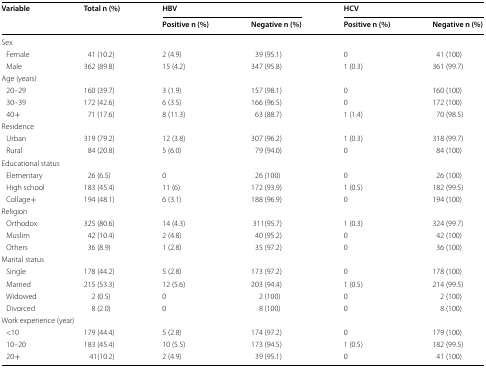
<table><thead><tr><td rowspan="2"><b>Variable</b></td><td rowspan="2"><b>Total n (%)</b></td><td colspan="2"><b>HBV</b></td><td colspan="2"><b>HCV</b></td></tr><tr><td><b>Positive n (%)</b></td><td><b>Negative n (%)</b></td><td><b>Positive n (%)</b></td><td><b>Negative n (%)</b></td></tr></thead><tbody><tr><td colspan="6">Sex</td></tr><tr><td> Female</td><td>41 (10.2)</td><td>2 (4.9)</td><td>39 (95.1)</td><td>0</td><td>41 (100)</td></tr><tr><td> Male</td><td>362 (89.8)</td><td>15 (4.2)</td><td>347 (95.8)</td><td>1 (0.3)</td><td>361 (99.7)</td></tr><tr><td colspan="6">Age (years)</td></tr><tr><td> 20–29</td><td>160 (39.7)</td><td>3 (1.9)</td><td>157 (98.1)</td><td>0</td><td>160 (100)</td></tr><tr><td> 30–39</td><td>172 (42.6)</td><td>6 (3.5)</td><td>166 (96.5)</td><td>0</td><td>172 (100)</td></tr><tr><td> 40+</td><td>71 (17.6)</td><td>8 (11.3)</td><td>63 (88.7)</td><td>1 (1.4)</td><td>70 (98.5)</td></tr><tr><td colspan="6">Residence</td></tr><tr><td> Urban</td><td>319 (79.2)</td><td>12 (3.8)</td><td>307 (96.2)</td><td>1 (0.3)</td><td>318 (99.7)</td></tr><tr><td> Rural</td><td>84 (20.8)</td><td>5 (6.0)</td><td>79 (94.0)</td><td>0</td><td>84 (100)</td></tr><tr><td colspan="6">Educational status</td></tr><tr><td> Elementary</td><td>26 (6.5)</td><td>0</td><td>26 (100)</td><td>0</td><td>26 (100)</td></tr><tr><td> High school</td><td>183 (45.4)</td><td>11 (6)</td><td>172 (93.9)</td><td>1 (0.5)</td><td>182 (99.5)</td></tr><tr><td> Collage+</td><td>194 (48.1)</td><td>6 (3.1)</td><td>188 (96.9)</td><td>0</td><td>194 (100)</td></tr><tr><td colspan="6">Religion</td></tr><tr><td> Orthodox</td><td>325 (80.6)</td><td>14 (4.3)</td><td>311(95.7)</td><td>1 (0.3)</td><td>324 (99.7)</td></tr><tr><td> Muslim</td><td>42 (10.4)</td><td>2 (4.8)</td><td>40 (95.2)</td><td>0</td><td>42 (100)</td></tr><tr><td> Others</td><td>36 (8.9)</td><td>1 (2.8)</td><td>35 (97.2)</td><td>0</td><td>36 (100)</td></tr><tr><td colspan="6">Marital status</td></tr><tr><td> Single</td><td>178 (44.2)</td><td>5 (2.8)</td><td>173 (97.2)</td><td>0</td><td>178 (100)</td></tr><tr><td> Married</td><td>215 (53.3)</td><td>12 (5.6)</td><td>203 (94.4)</td><td>1 (0.5)</td><td>214 (99.5)</td></tr><tr><td> Widowed</td><td>2 (0.5)</td><td>0</td><td>2 (100)</td><td>0</td><td>2 (100)</td></tr><tr><td> Divorced</td><td>8 (2.0)</td><td>0</td><td>8 (100)</td><td>0</td><td>8 (100)</td></tr><tr><td colspan="6">Work experience (year)</td></tr><tr><td> &lt;10</td><td>179 (44.4)</td><td>5 (2.8)</td><td>174 (97.2)</td><td>0</td><td>179 (100)</td></tr><tr><td> 10–20</td><td>183 (45.4)</td><td>10 (5.5)</td><td>173 (94.5)</td><td>1 (0.5)</td><td>182 (99.5)</td></tr><tr><td> 20+</td><td>41(10.2)</td><td>2 (4.9)</td><td>39 (95.1)</td><td>0</td><td>41 (100)</td></tr></tbody></table>